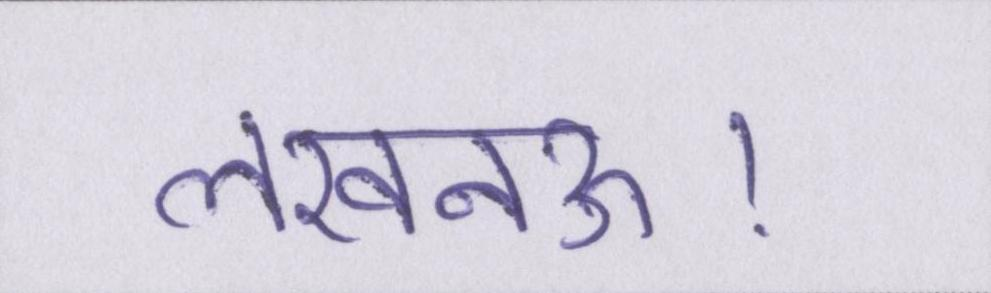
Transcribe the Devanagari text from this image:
लखनऊ।